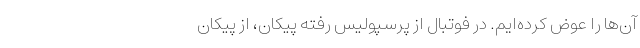
آن‌ها را عوض کرده‌ایم. در فوتبال از پرسپولیس رفته پیکان، از پیکان